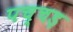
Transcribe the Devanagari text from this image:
पच्चड़